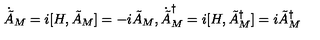
\dot { \tilde { A } } _ { M } = i [ H , \tilde { A } _ { M } ] = - i \tilde { A } _ { M } , \dot { \tilde { A } } _ { M } ^ { \dagger } = i [ H , \tilde { A } _ { M } ^ { \dagger } ] = i \tilde { A } _ { M } ^ { \dagger }